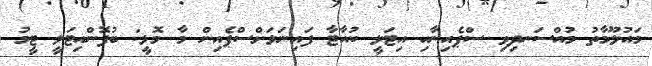
މައުލޫމާތު މުއްސަނދިވި ސްޕެއިނާއި އިޓަލީ ކުއާޓާ ފައިނަލަށްސްޕެއިން މާ މޮޅީ: ބުފޮންއިޓަލީ ޓީމު